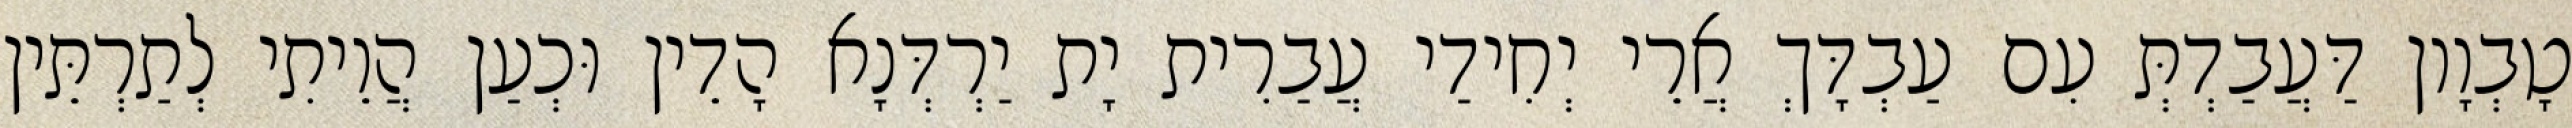
טָבְוָון דַּעֲבַדְתְּ עִם עַבְדָּךְ אֲרֵי יְחִידַי עֲבַרִית יָת יַרְדְּנָא הָדֵין וּכְעַן הֲוֵיתִי לְתַרְתֵּין